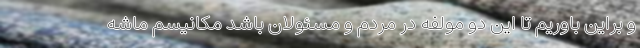
و براین باوریم تا این دو مولفه در مردم و مسئولان باشد مکانیسم ماشه